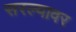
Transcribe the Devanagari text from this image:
सरल्यावर